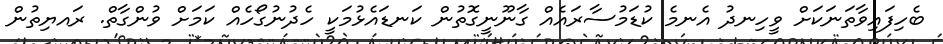
ބެހިފައިވާތަނަކަށް ވީހިނދު އެނމެ ކުޑަމުސާރައެއް ގާނޫނީގޮތުން ކަނޑައެޅުމަކީ ހެދުނުގޯހެއް ކަމަށް ވުންގާތް. ރައޔިތުން